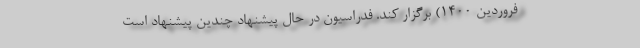
فروردین 1400) برگزار کند. فدراسیون در حال پیشنهاد چندین پیشنهاد است